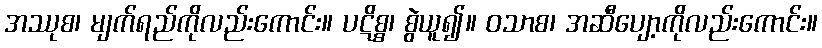
အဿုစ၊ မျက်ရည်ကိုလည်းကောင်း။ ပဋိစ္စ၊ စွဲယူ၍။ ဝသာစ၊ အဆီပျော့ကိုလည်းကောင်း။